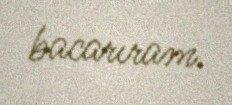
bacarıram.